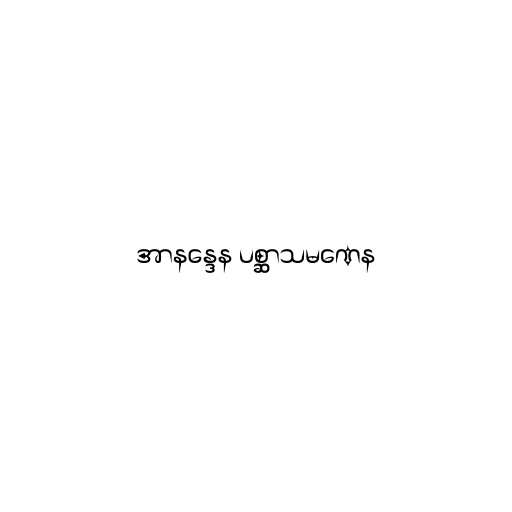
အာနန္ဒေန ပစ္ဆာသမဏေန